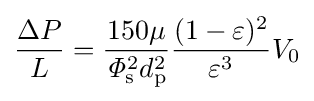
{\frac {\Delta P}{L}}={\frac {150\mu }{{\mathit {\Phi }}_{\mathrm {s} }^{2}d_{\mathrm {p} }^{2}}}{\frac {(1-\varepsilon )^{2}}{\varepsilon ^{3}}}V_{\mathrm {0} }